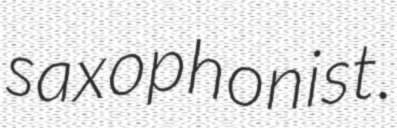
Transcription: saxophonist.